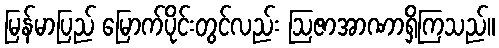
မြန်မာပြည် မြောက်ပိုင်းတွင်လည်း ဩဇာအာဏာရှိကြသည်။